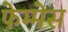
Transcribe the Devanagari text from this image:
फेम्मेस